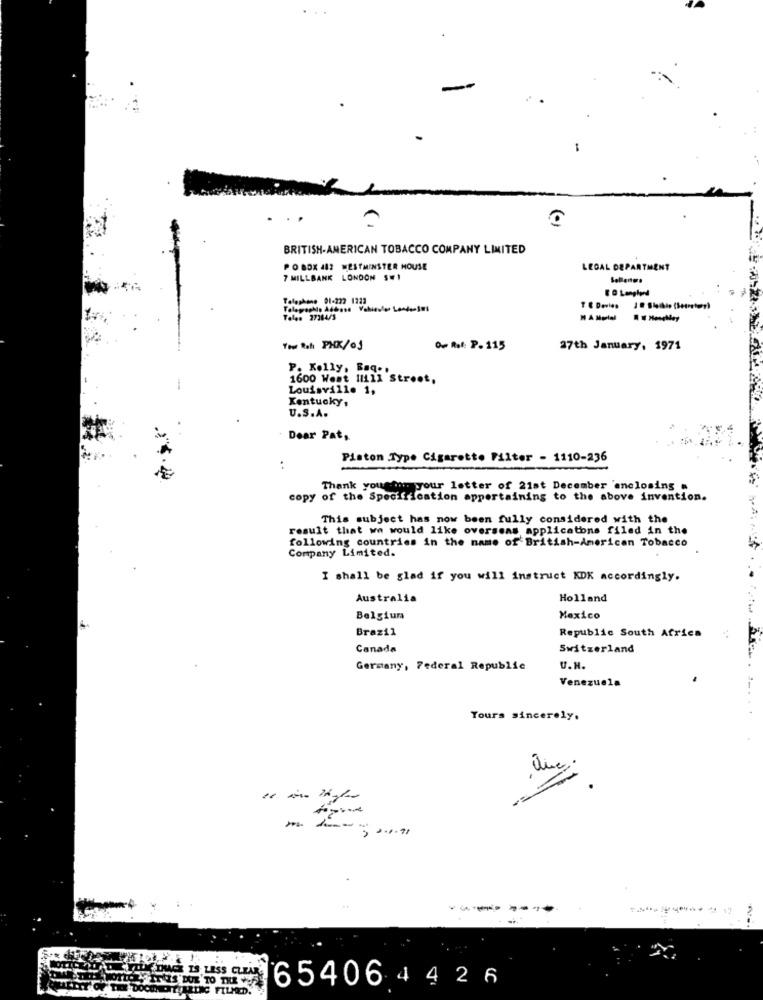
BRITISH-AMERICAN TOBACCO COMPANY LIMITED
PO BOX 482 WESTMINSTER HOUSE
LEGAL DEPARTMENT
7 MILLBANK LONDON S.1
Sollenws
Telephone 01-222 1233
Tales 27244/3
You Rahi PHK/01
0- R .: P. 115
27th January, 1971
P. Kelly, Baq ..
1600 Went 11111 Street,
Louisville 1,
Kentucky,
U.S.A.
Dear Pat,
Piston Type Cigarette Filter - 1110-236
:
Thank you for your letter of 21st December enclosing a
copy of the Specification appertaining to the above invention.
This subject has now been fully considered with the
result that we would like overseas applicatons filed in the
following countries in the name of British-American Tobacco
Company Limited.
I shall be glad if you will instruct KDK accordingly.
. . .
Australia
Holland
Belgiurs
Mexico
Brazil
Republic South Africa
Canada
Switzerland
Germany, Federal Republic
U.N.
Venezuela
Yours sincerely.
3.
---
5 0.0.71
654064 426